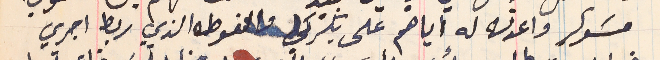
مسَوكر واعدته له إياهم على بكركي والفوطه الذي ربط اجري